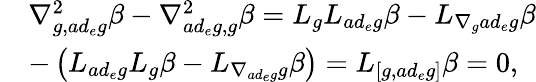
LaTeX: \begin{array}{rl}&{\nabla_{g,ad_{e}g}^{2}\beta-\nabla_{ad_{e}g,g}^{2}\beta=L_{g}L_{ad_{e}g}\beta-L_{\nabla_{g}ad_{e}g}\beta}\\ &{-\left(L_{ad_{e}g}L_{g}\beta-L_{\nabla_{ad_{e}g}g}\beta\right)=L_{\left[g,ad_{e}g\right]}\beta=0,}\end{array}